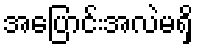
အပြောင်းအလဲမရှိ